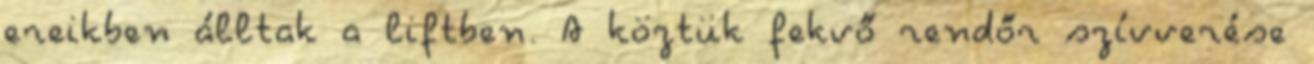
ereikben álltak a liftben. A köztük fekvő rendőr szívverése